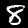
Label: 8